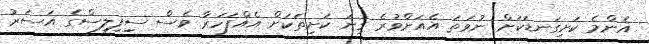
އެންމެ ކަށިގަނޑަކަށް ނުވަތަ އެއަށްވުރެ ގިނަ ކަށިތަކަށް އެއްފަހަރާ ވެސް ސިިފިލިސްގެ އަސަރު